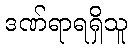
ဒဏ်ရာရရှိသူ